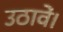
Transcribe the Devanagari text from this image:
उठावें।